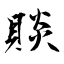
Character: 賧